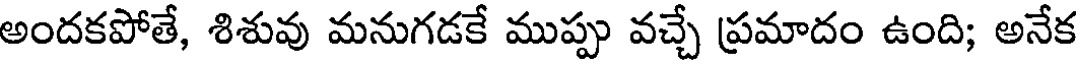
అందకపోతే, శిశువు మనుగడకే ముప్పు వచ్చే ప్రమాదం ఉంది; అనేక